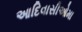
આદિવાસીઓમા